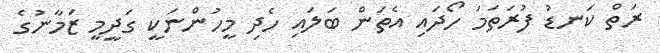
ރަތް ކަނޑު ފުރަތަމަ ހޯދައި އެތަން ބަލައި ހެދި މީހުންނަކީ ގަދީމީ ޒަމާނުގެ